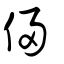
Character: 侵